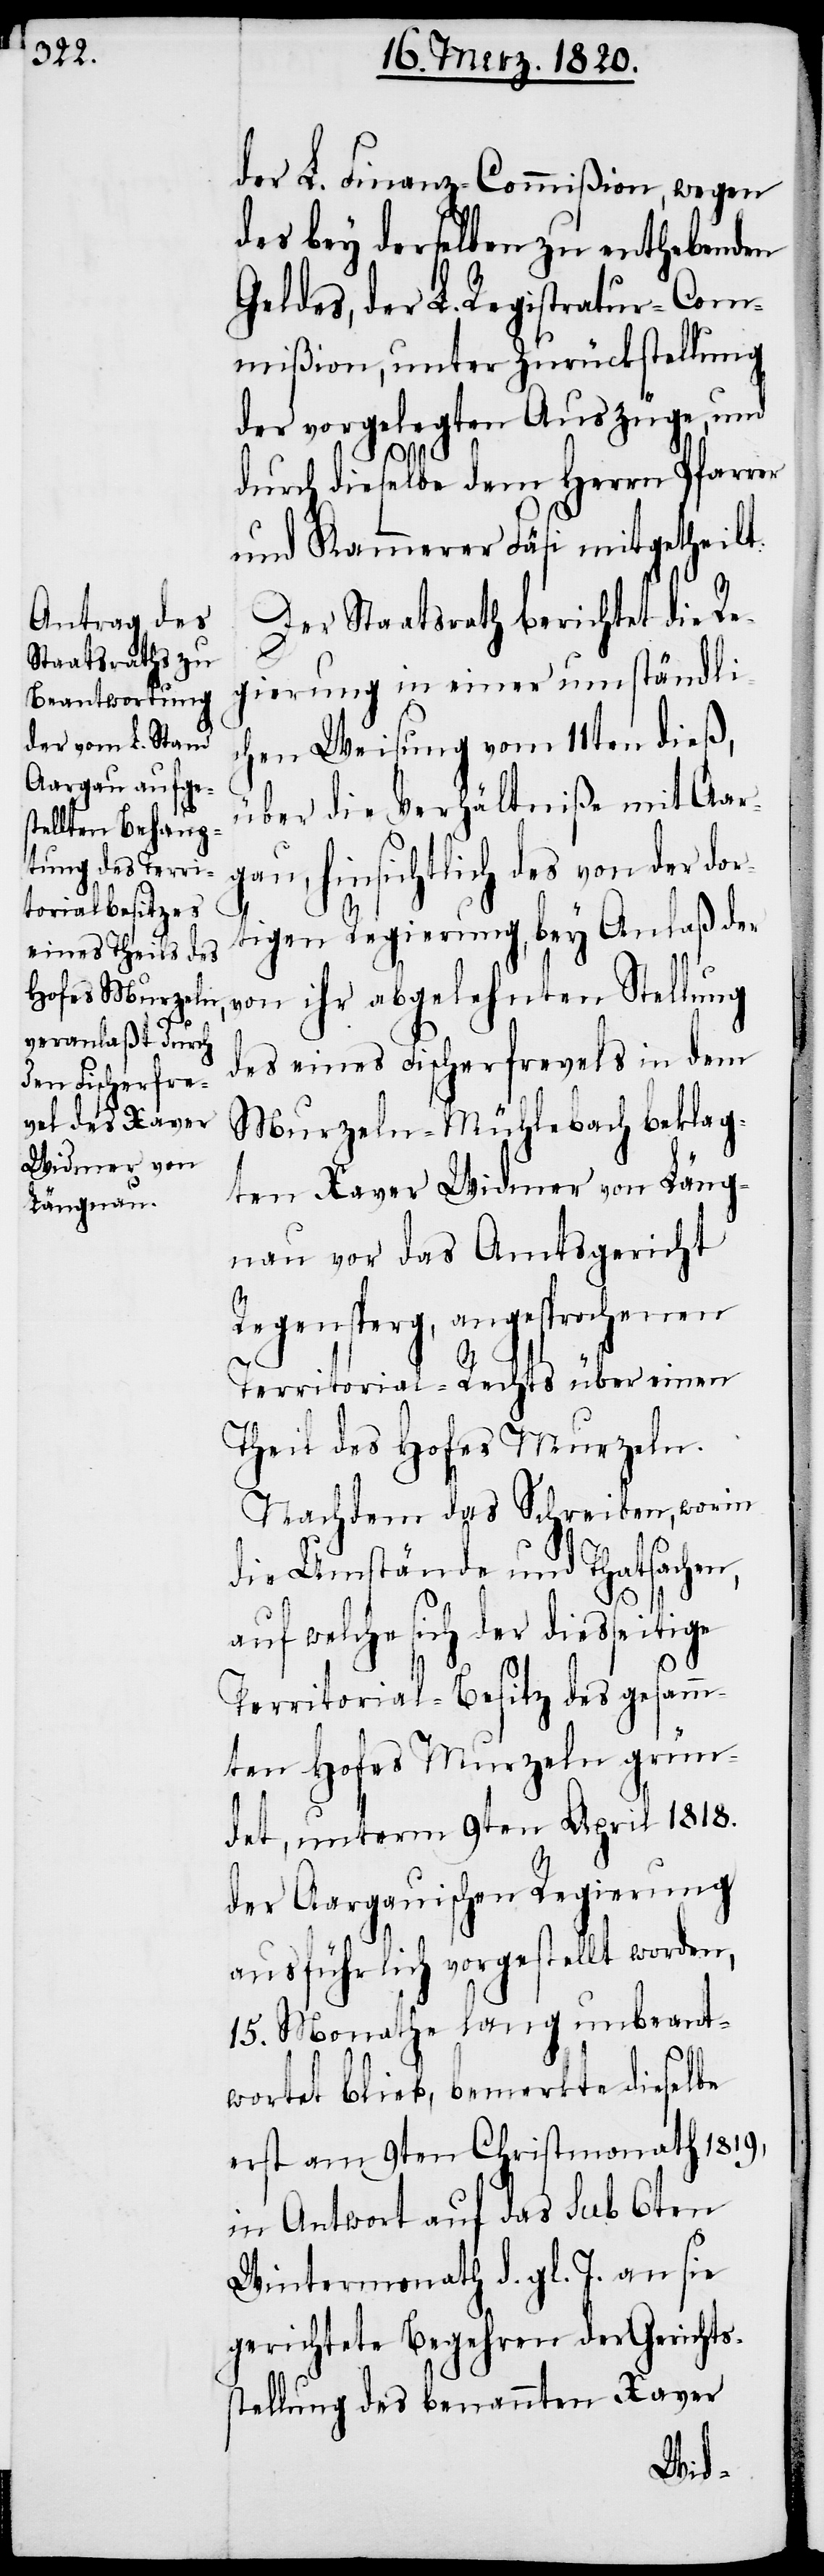
der L. Finanz-Commißion, wegen
des bey derselben zu enthebenden
Geldes, der L. Registratur-Com¬
mißion, unter Zurückstellung
der vorgelegten Auszüge, und
durch dieselbe dem Herrn Pfarrer
und Kammerer Fäsi mitgetheilt.
Der Staatsrath berichtet die Re¬
gierung in einer umständli¬
chen Weisung vom 11ten dieß,
über die Verhältniße mit Aar¬
gau, hinsichtlich des von der dor¬
tigen Regierung, bey Anlaß der
von ihr abgelehnten Stellung
des eines Fischerfrevels in dem
Murzeln-Mühlebach beklag¬
ten Xaver Widmer von Läng¬
nau vor das Amtsgericht
Regensperg, angesprochenen
Territorial-Rechts über einen
Theil des Hofes Murzeln.
Nachdem das Schreiben, worin
die Umstände und Thatsachen,
auf welche sich der diesseitige
Territorial-Besitz des gesamm¬
ten Hofes Murzeln grün¬
det, unterm 9ten April 1818.
der Aargauischen Regierung
ausführlich vorgestellt worden,
15. Monathe lang unbeant¬
wortet blieb, bemerkte dieselbe
erst am 9ten Christmonath 1819,
in Antwort auf das sub 6ten
Wintermonath d. gl. J. an sie
gerichtete Begehren der Gerichts¬
stellung des benannten Xaver